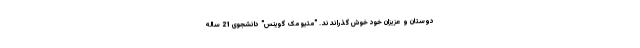
دوستان و عزیزان خود خوش گذراندند. "متیو مک گوینس" دانشجوی 21 ساله